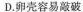
D.卵壳容易敲破